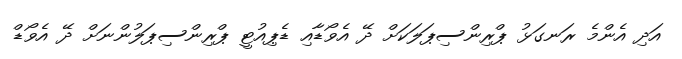
އަދި އެންމެ ރަނގަޅު ޕްރިންސިޕަލަކަށް ދޭ އެވޯޑާއި ޑެޕިއުޓީ ޕްރިންސިޕަލުންނަށް ދޭ އެވޯޑް